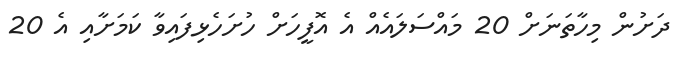
ދަށުން މިހާތަނަށް 20 މައްސަލައެއް އެ އޮފީހަށް ހުށަހެޅިފައިވާ ކަމަށާއި އެ 20